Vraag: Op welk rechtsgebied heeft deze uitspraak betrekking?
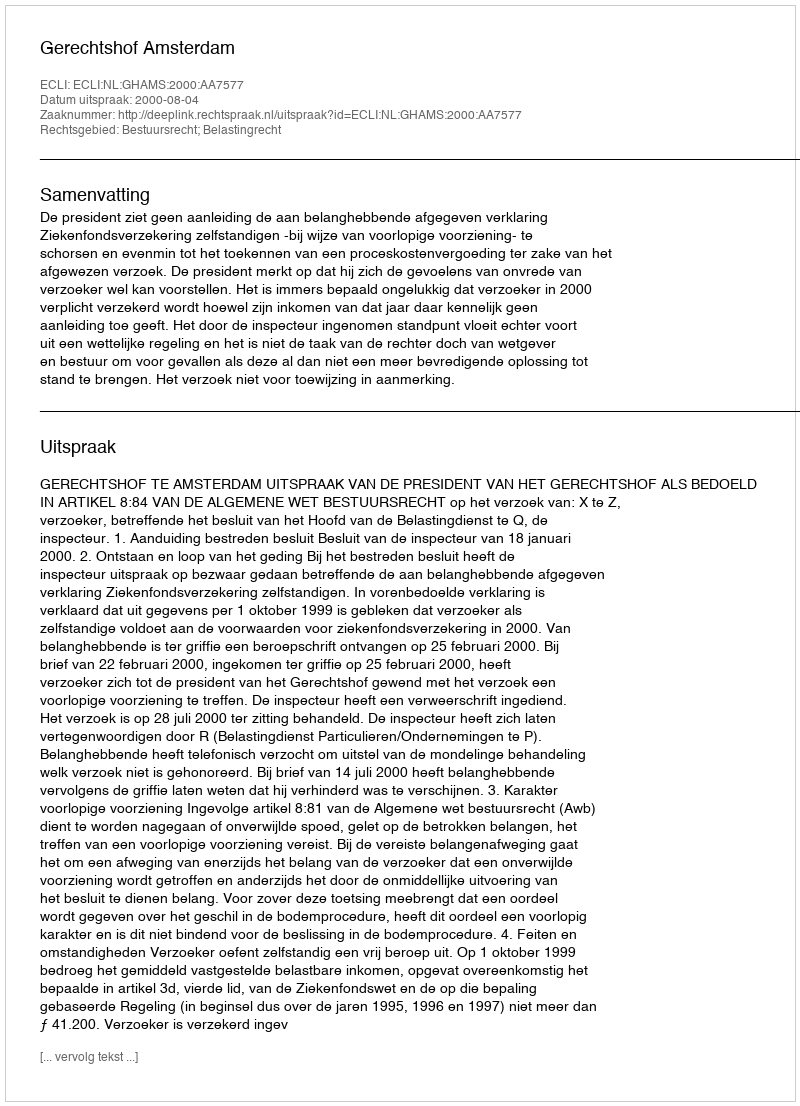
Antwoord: Bestuursrecht; Belastingrecht